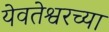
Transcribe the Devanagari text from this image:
येवतेश्वरच्या